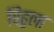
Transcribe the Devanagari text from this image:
विहुला